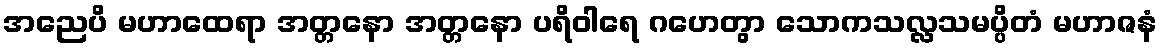
အညေပိ မဟာထေရာ အတ္တနော အတ္တနော ပရိဝါရေ ဂဟေတွာ သောကသလ္လသမပ္ပိတံ မဟာဇနံ